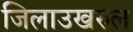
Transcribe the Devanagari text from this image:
जिलाउखरुल